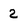
Character: 2